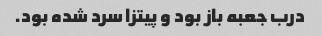
درب جعبه باز بود و پیتزا سرد شده بود.